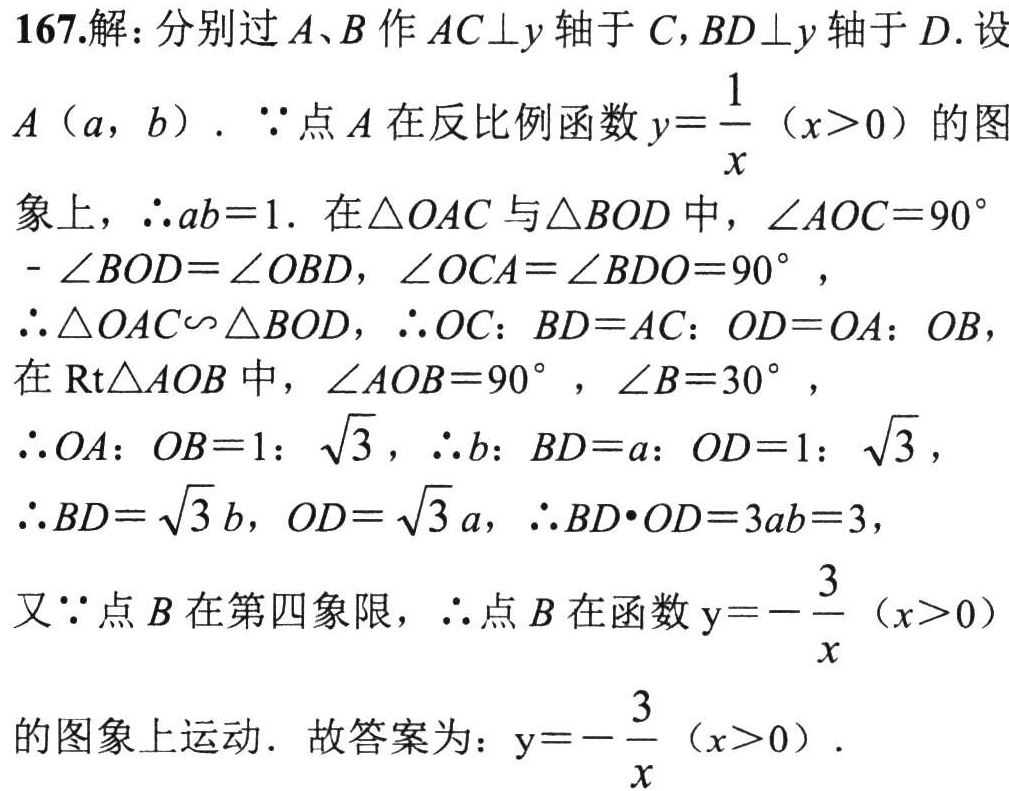
167.解：分别过\(A、B\)作\(AC\bot y\)轴于\(C\)，\(BD\bot y\)轴于\(D\). 设
\(A(a,b)\). \(\because\)点\(A\)在反比例函数\(y = \dfrac{1}{x}(x > 0)\)的图
象上，\(\therefore ab = 1\). 在\(\triangle OAC\)与\(\triangle BOD\)中，\(\angle AOC = 90^{\circ}\)
\(-\angle BOD=\angle OBD\)，\(\angle OCA=\angle BDO = 90^{\circ}\)，
\(\therefore\triangle OAC\backsim\triangle BOD\)，\(\therefore OC:BD = AC:OD = OA:OB\)，
在\(\text{Rt}\triangle AOB\)中，\(\angle AOB = 90^{\circ}\)，\(\angle B = 30^{\circ}\)，
\(\therefore OA:OB = 1:\sqrt{3}\)，\(\therefore b:BD = a:OD = 1:\sqrt{3}\)，
\(\therefore BD=\sqrt{3}b\)，\(OD=\sqrt{3}a\)，\(\therefore BD\cdot OD = 3ab = 3\)，
又\(\because\)点\(B\)在第四象限，\(\therefore\)点\(B\)在函数\(y = -\dfrac{3}{x}(x > 0)\)
的图象上运动. 故答案为：\(y = -\dfrac{3}{x}(x > 0)\).